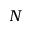
N